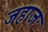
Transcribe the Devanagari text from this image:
जहाजः